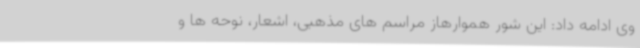
وی ادامه داد: این شور هموارهاز مراسم ‌های مذهبی، اشعار، نوحه ها و